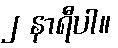
၂ နာရီပါ။